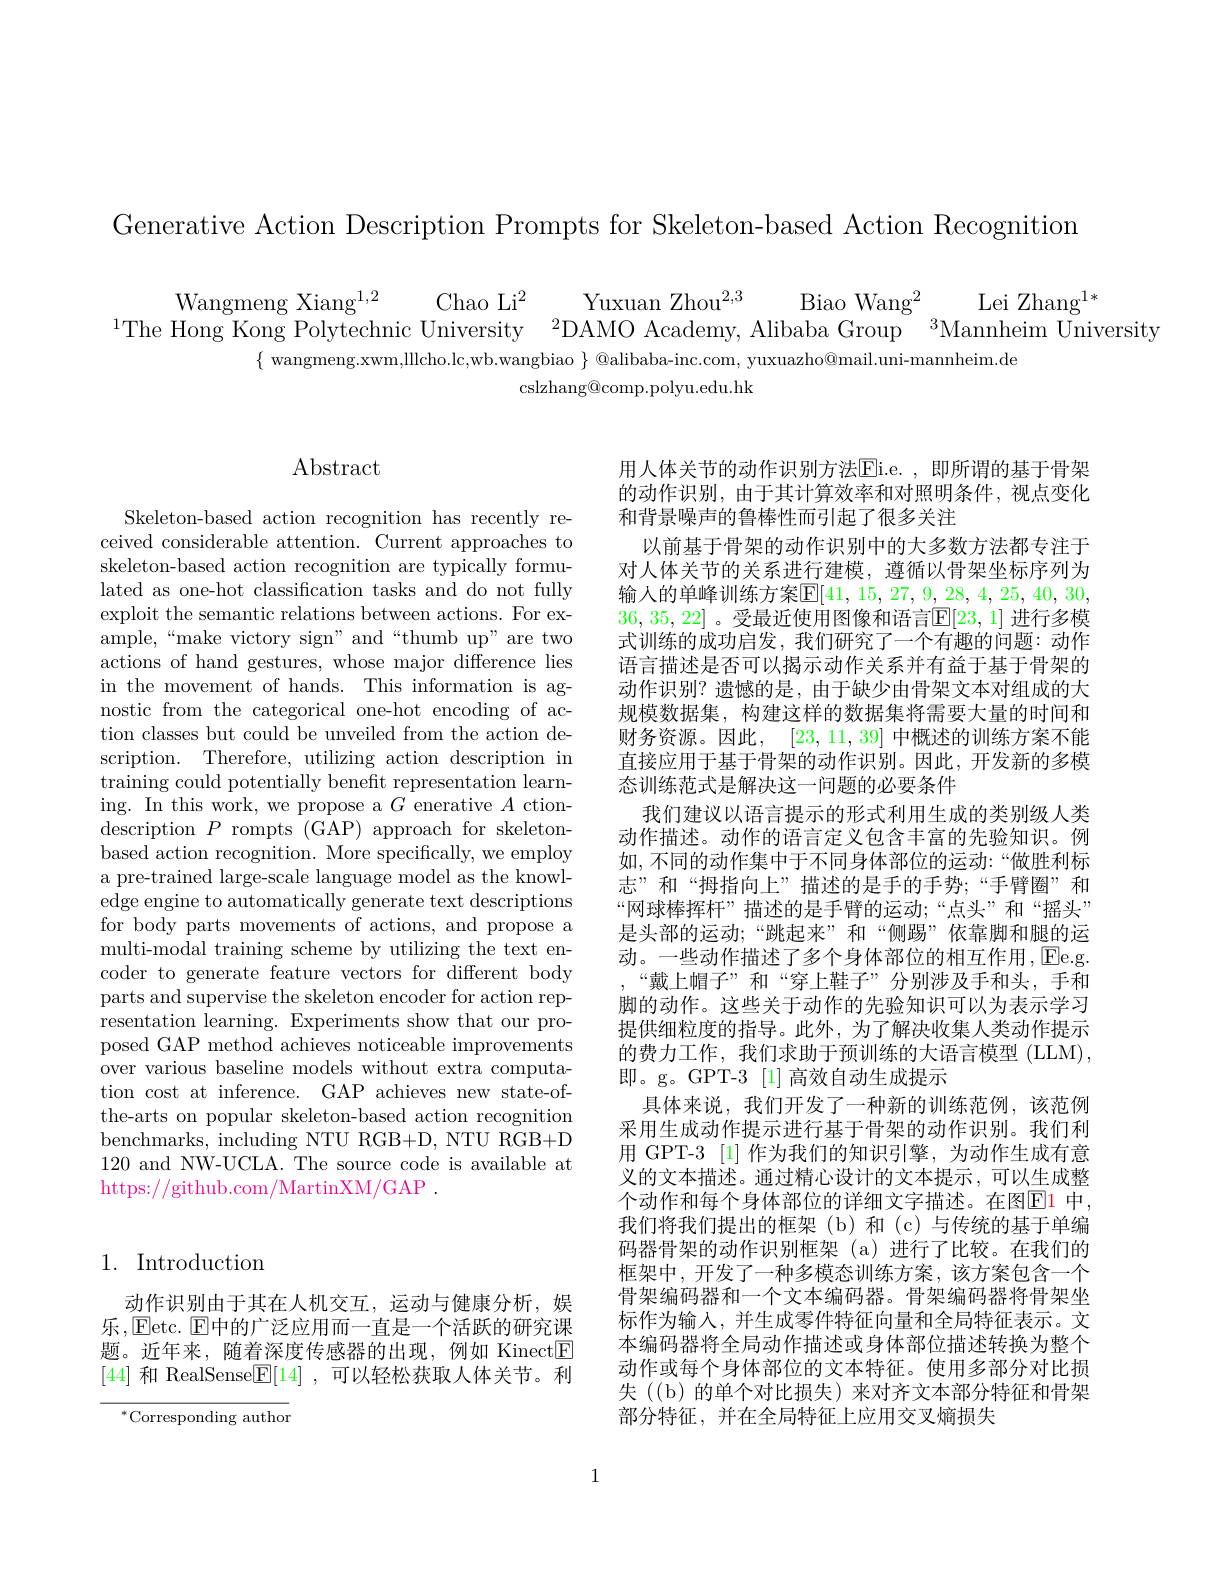
Generative Action Description Prompts for Skeleton-based Action Recognition

$\begin{array}{cc}{\mathrm{Wangmeng~Xiang^{1,2}}}&{\mathrm{Chao~Li^{2}}}&{\mathrm{Yuxuan~Zhou^{2,3}}}&{\mathrm{Biao~Wang^{2}}}\\{\mathrm{The~Hong~Kong~Polytechnic~University}}&{\mathrm{2DAMO~Academy,~Alibaba~Group}}\end{array}\overset{\mathrm{Lei~Zhang^{1*}}}{\mathrm{Mannheim~University}}$
$\{$ wangmeng.xwm,lllcho.lc,wb.wangbiao $\}$ @alibaba-inc.com, yuxuazho@mail.uni-mannheim.de
$\operatorname{cslzhang@comp.polyu.edu.hk}$

## 1. Introduction

动作识别由于其在人机交互，运动与健康分析，娱乐，Eetc. $\operatorname{E}$中的广泛应用而一直是一个活跃的研究课题。近年来，随着深度传感器的出现，例如 Kinect[E] [44]和 RealSense$\boxed{\mathrm{E}}[14]$,可以轻松获取人体关节。利

$^*$Corresponding author

# $\operatorname{Abstract}$

Skeleton-based action recognition has recently received considerable attention. Current approaches to skeleton-based action recognition are typically formulated as one-hot classification tasks and do not fully exploit the semantic relations between actions. For example,“make victory sign”and“thumb up”are two actions of hand gestures, whose major difference lies in the movement of hands. This information is agnostic from the categorical one-hot encoding of action classes but could be unveiled from the action description. Therefore, utilizing action description in training could potentially benefit representation learning. In this work, we propose a $G$ enerative $A$ ctiondescription $P$ rompts (GAP) approach for skeletonbased action recognition. More specifically, we employ a pre-trained large-scale language model as the knowledge engine to automatically generate text descriptions for body parts movements of actions, and propose a multi-modal training scheme by utilizing the text encoder to generate feature vectors for different body parts and supervise the skeleton encoder for action representation learning. Experiments show that our proposed GAP method achieves noticeable improvements over various baseline models without extra computation cost at inference. GAP achieves new state-ofthe-arts on popular skeleton-based action recognition benchmarks, including NTU RGB+D, NTU RGB+D 120 and NW-UCLA. The source code is available at https://github.com/MartinXM/GAP .

用人体关节的动作识别方法Eli. e. , 即 所 谓 的 基 于 骨 架 的动作识别，由于其计算效率和对照明条件，视点变化和背景噪声的鲁棒性而引起了很多关注
以前基于骨架的动作识别中的大多数方法都专注于对人体关节的关系进行建模，遵循以骨架坐标序列为输入的单峰训练方案$\mathbb{E}[41,15,27,9,28,4,25,40,30$, 36,35,22] 。受最近使用图像和语言$\mathbb{E}[23,1]$ 进行多模式训练的成功启发，我们研究了一个有趣的问题：动作语言描述是否可以揭示动作关系并有益于基于骨架的动作识别？遗憾的是，由于缺少由骨架文本对组成的大规模数据集，构建这样的数据集将需要大量的时间和财务资源。因此，[23,11,39] 中概述的训练方案不能直接应用于基于骨架的动作识别。因此，开发新的多模态训练范式是解决这一问题的必要条件
我们建议以语言提示的形式利用生成的类别级人类动作描述。动作的语言定义包含丰富的先验知识。例如，不同的动作集中于不同身体部位的运动：“做胜利标志”和“拇指向上”描述的是手的手势；“手臂圈”和“网球棒挥杆”描述的是手臂的运动；“点头”和“摇头” 是头部的运动；“跳起来”和“侧踢”依靠脚和腿的运动。一些动作描述了多个身体部位的相互作用，Ee.g. ,“戴上帽子”和“穿上鞋子”分别涉及手和头，手和脚的动作。这些关于动作的先验知识可以为表示学习提供细粒度的指导。此外，为了解决收集人类动作提示的费力工作，我们求助于预训练的大语言模型 (LLM), 即。g。GPT-3 [1] 高效自动生成提示
具体来说，我们开发了一种新的训练范例，该范例采用生成动作提示进行基于骨架的动作识别。我们利用 GPT-3 [1] 作为我们的知识引擎，为动作生成有意义的文本描述。通过精心设计的文本提示，可以生成整个动作和每个身体部位的详细文字描述。在图$\color{red}{\mathrm{E1}}$ 中， 我们将我们提出的框架(b)和(c)与传统的基于单编码器骨架的动作识别框架(a)进行了比较。在我们的框架中，开发了一种多模态训练方案，该方案包含一个骨架编码器和一个文本编码器。骨架编码器将骨架坐标作为输入，并生成零件特征向量和全局特征表示。文本编码器将全局动作描述或身体部位描述转换为整个动作或每个身体部位的文本特征。使用多部分对比损失 ((b)的单个对比损失)来对齐文本部分特征和骨架部分特征，并在全局特征上应用交叉熵损失

1